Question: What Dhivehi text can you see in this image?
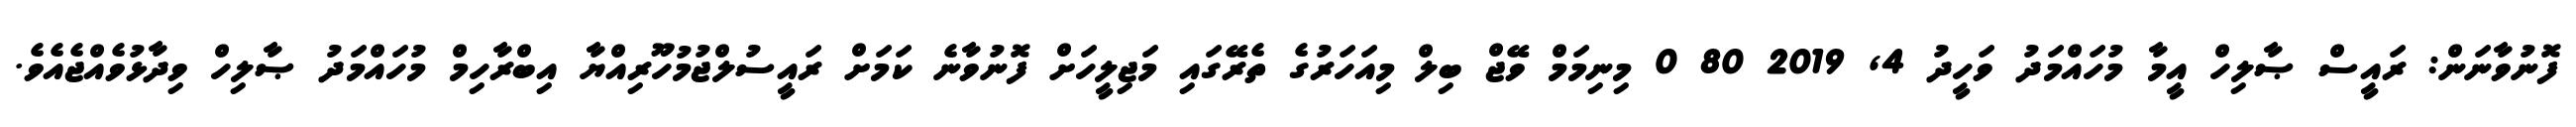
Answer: ފޮނުވާނަން: ރައީސް ޞާލިހް އީމާ މުހައްމަދު ވަހީދު 4, 2019 80 0 މިނިމަމް ވޭޖް ބިލް މިއަހަރުގެ ތެރޭގައި މަޖިލީހަށް ފޮނުވާނެ ކަމަށް ރައީސުލްޖުމުހޫރިއްޔާ އިބްރާހިމް މުހައްމަދު ޞާލިހް ވިދާޅުވެއްޖެއެވެ.